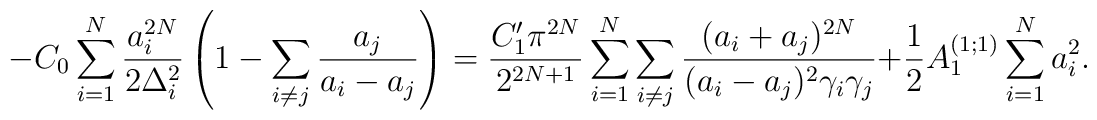
-C_{0} \sum^{N}_{i=1} \frac{a^{2N}_{i}}{2 \Delta^{2}_{i}} \left(1 - \sum_{i \neq j} \frac{a_{j}}{a_{i} - a_{j}} \right) = \frac{C^{\prime}_{1} \pi^{2N}}{2^{2N+1}} \sum^{N}_{i=1} \sum_{i \neq j} \frac{(a_{i} + a_{j})^{2N}}{ (a_{i} - a_{j})^{2} \gamma_{i} \gamma_{j}} + \frac{1}{2} A^{(1;1)}_{1} \sum^{N}_{i=1} a^{2}_{i}.